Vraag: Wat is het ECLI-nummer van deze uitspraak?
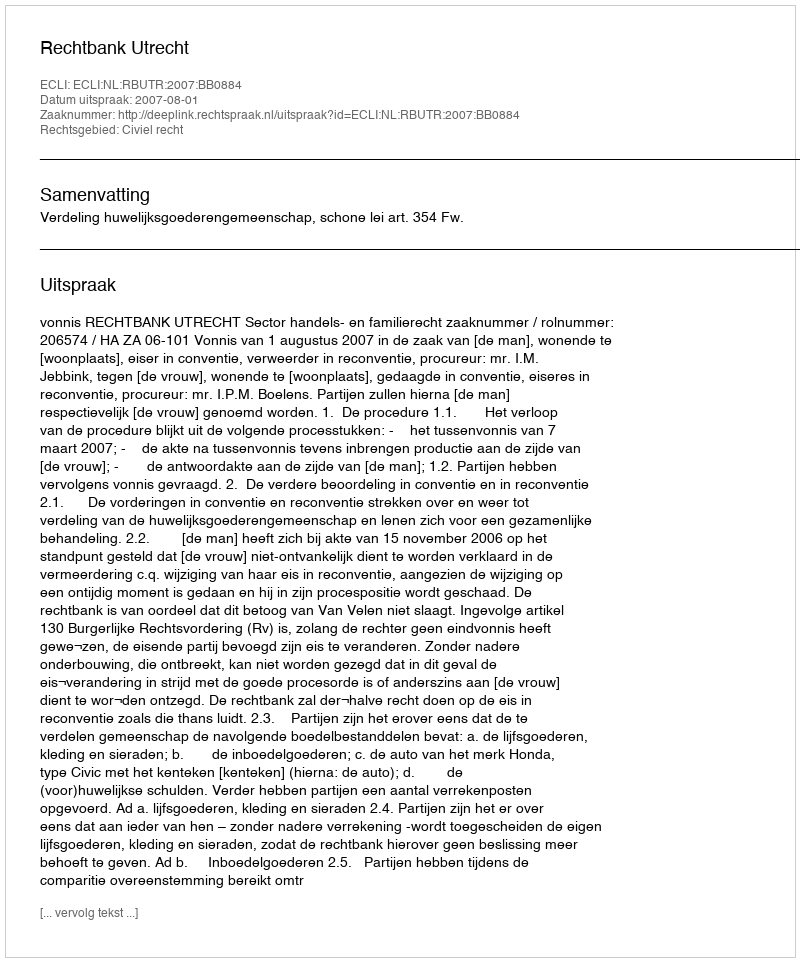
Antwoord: ECLI:NL:RBUTR:2007:BB0884